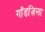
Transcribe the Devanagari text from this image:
गॉडज़िला